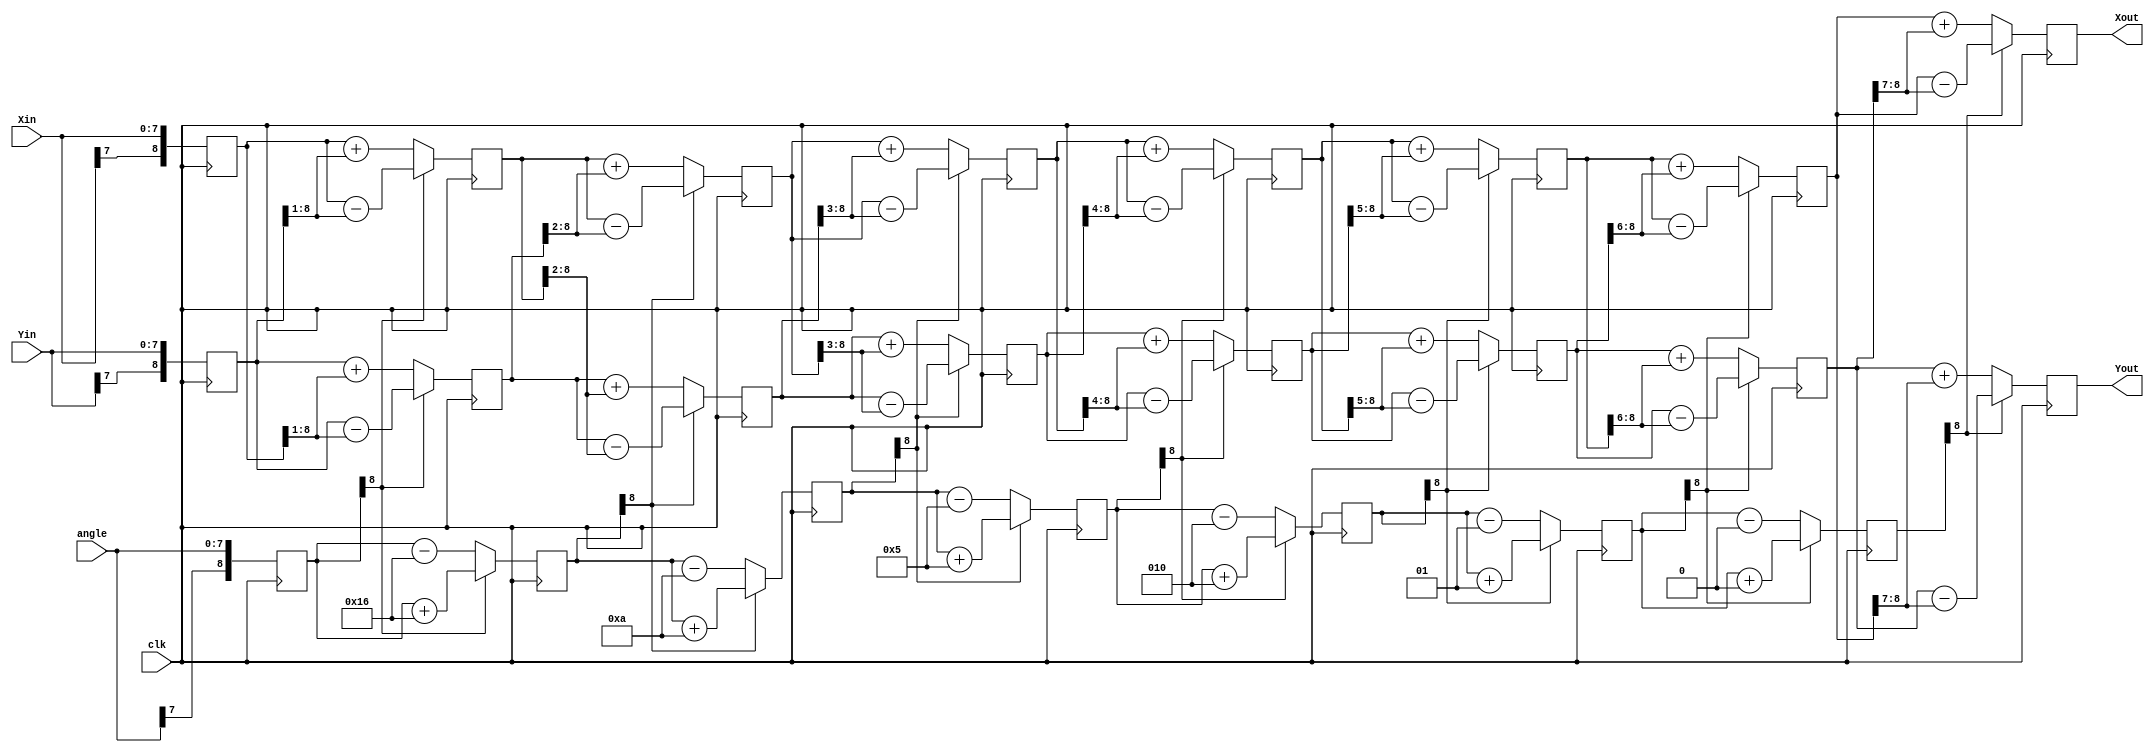
`timescale 1ns / 1ps
//////////////////////////////////////////////////////////////////////////////////
// copy from video https://www.youtube.com/watch?v=TJe4RUYiOIg
//////////////////////////////////////////////////////////////////////////////////
// NOTE: 1. Input angle is a modulo of 2*PI scaled to fit in a 32 bit register. 
//          The user must translate this angle to a value from 0 ~ (2^32-1). 0 deg = 32'h0, 
//          359.99999 = 32'hFF_FF_FF_FF
//          To translate from degrees to a 32 bit value, multiply 2^32 by the angle (in degrees), then divide by 360
//       2. Size of Xout, Yout is 1 bit larger due to a system gain of 1.647 (which is < 2)
// Parameter 
//       1. XY_SZ is the input and output data
//       2. STG is the same as bit width of X and Y
//       3. angle is a signed value in the range of -PI to +PI that must be represented as a 32 bit signed number

// !!!ATTENTION!! 
//    not support angle = pi or angle = 3/2 * pi
module CORDIC_Hyperbolic_8bit#(parameter XY_SZ = 8)(
    input                        clk,
    input   signed  [XY_SZ-1:0]  angle,
    input   signed  [XY_SZ-1:0]  Xin,
    input   signed  [XY_SZ-1:0]  Yin,
    output  signed    [XY_SZ:0]  Xout,  // X_n in the theory
    output  signed    [XY_SZ:0]  Yout   // Y_n in the theory
    );
    
    localparam STG = XY_SZ;
    
//  ------------------------------------------------------------------------------
//    arctan table
//  ------------------------------------------------------------------------------   

// NOTE: The atan_table was chosen to be 31 bits wide giving resolution up to atan (2^-30)
wire  signed  [XY_SZ-1:0]   atan_table [0:7];
// upper 2 bits = 2'b00 which represents 0      ~ PI/2   range
// upper 2 bits = 2'b01 which represents PI/2   ~ PI     range
// upper 2 bits = 2'b10 which represents PI     ~ 3*PI/2 range (i.e. -PI/2 to -PI  )
// upper 2 bits = 2'b11 which represents 3*PI/2 ~ 2*PI   range (i.e. 0     to -PI/2)
// The upper 2 bits therefore tell us which quadrant we are in

// sinh & cosh
assign atan_table[0] = 8'b00010110;
assign atan_table[1] = 8'b00001010;
assign atan_table[2] = 8'b00000101;
assign atan_table[3] = 8'b00000010;
assign atan_table[4] = 8'b00000001;
assign atan_table[5] = 8'b00000000;
assign atan_table[6] = 8'b00000000;


//  ------------------------------------------------------------------------------
//    registers
//  ------------------------------------------------------------------------------   

// stage output
reg signed   [XY_SZ:0]   X   [0:STG-1];
reg signed   [XY_SZ:0]   Y   [0:STG-1];
reg signed   [XY_SZ:0]   Z   [0:STG-1];

//  ------------------------------------------------------------------------------
//    stage 0
//  ------------------------------------------------------------------------------   

always @(posedge clk)
begin    
    X[0] <= Xin;
    Y[0] <= Yin;
    Z[0] <= angle;   
end

//  ------------------------------------------------------------------------------
//    generate stage 1 to STG-1
//  ------------------------------------------------------------------------------   
genvar i;

generate

for ( i = 0; i < (STG-1); i = i + 1)
begin: XYZ
    wire                    Z_sign;
    wire signed   [XY_SZ:0] X_shr, Y_shr;
    
    assign X_shr = X[i] >>> (i+1); // signed shift right
    assign Y_shr = Y[i] >>> (i+1);
    
    // the sign of the current rotation angle
    assign Z_sign = Z[i][XY_SZ];  // Z_sign = 1 if Z[i] < 0
    
    always @(posedge clk)
    begin
        // add/substract shifted data
        X[i+1] <= Z_sign ? X[i] - Y_shr         :  X[i] + Y_shr;
        Y[i+1] <= Z_sign ? Y[i] - X_shr         :  Y[i] + X_shr;
        Z[i+1] <= Z_sign ? Z[i] + atan_table[i] :  Z[i] - atan_table[i];
    end
end
endgenerate

//  ------------------------------------------------------------------------------
//    output
//  ------------------------------------------------------------------------------   
assign Xout = X[STG-1];
assign Yout = Y[STG-1];

endmodule